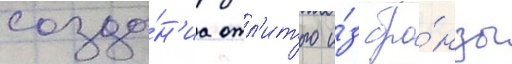
созда́н'иа отл'итого и́з бро́нзы